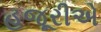
હજૂરીએ